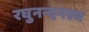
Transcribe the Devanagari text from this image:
रघुनन्दनस्य